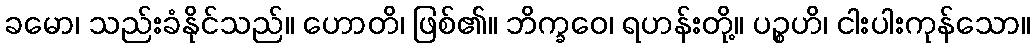
ခမော၊ သည်းခံနိုင်သည်။ ဟောတိ၊ ဖြစ်၏။ ဘိက္ခဝေ၊ ရဟန်းတို့။ ပဉ္စဟိ၊ ငါးပါးကုန်သော။